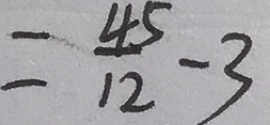
= \frac { 4 5 } { 1 2 } - 3